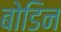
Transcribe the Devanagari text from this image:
बोडिन